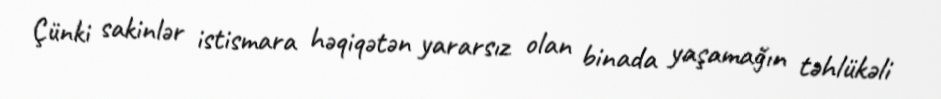
Çünki sakinlər istismara həqiqətən yararsız olan binada yaşamağın təhlükəli